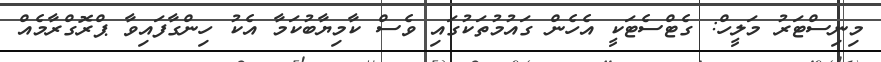
މިނިސްޓަރު މަލީހް: ގެޓްސެޓަކީ އެހެން ގައުމުތަކުގައި ވެސް ކާމިޔާބުކަމާ އެކު ހިންގާފައިވާ ޕްރޮގްރާމެއް